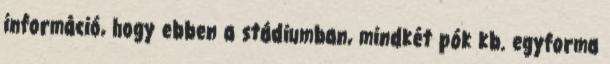
információ, hogy ebben a stádiumban, mindkét pók kb. egyforma